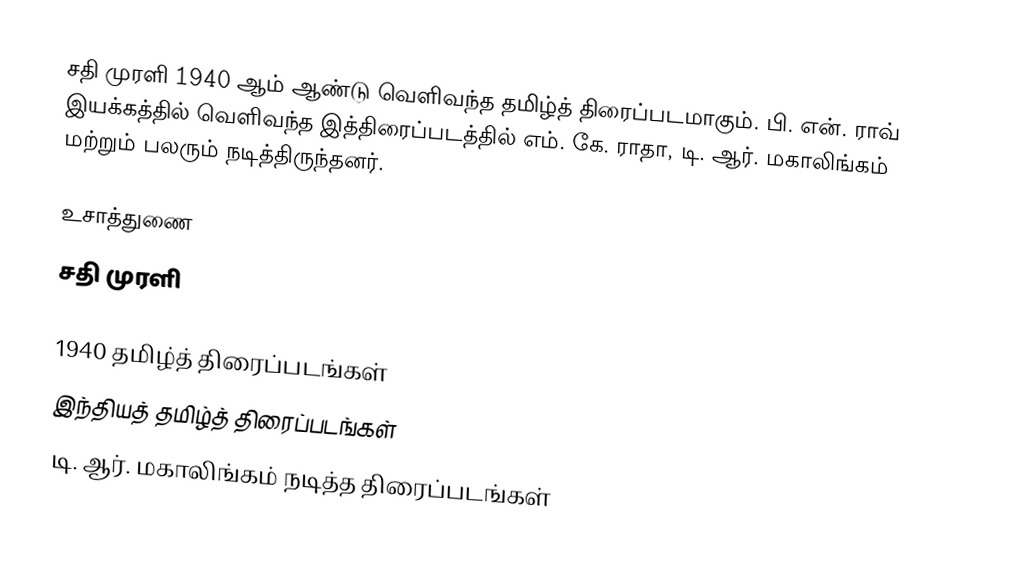
சதி முரளி 1940 ஆம் ஆண்டு வெளிவந்த தமிழ்த் திரைப்படமாகும். பி. என். ராவ் இயக்கத்தில் வெளிவந்த இத்திரைப்படத்தில் எம். கே. ராதா, டி. ஆர். மகாலிங்கம் மற்றும் பலரும் நடித்திருந்தனர்.

உசாத்துணை
 சதி முரளி

1940 தமிழ்த் திரைப்படங்கள்
இந்தியத் தமிழ்த் திரைப்படங்கள்
டி. ஆர். மகாலிங்கம் நடித்த திரைப்படங்கள்